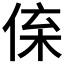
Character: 𠉪